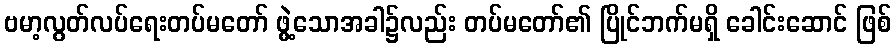
ဗမာ့လွတ်လပ်ရေးတပ်မတော် ဖွဲ့သောအခါ၌လည်း တပ်မတော်၏ ပြိုင်ဘက်မရှိ ခေါင်းဆောင် ဖြစ်